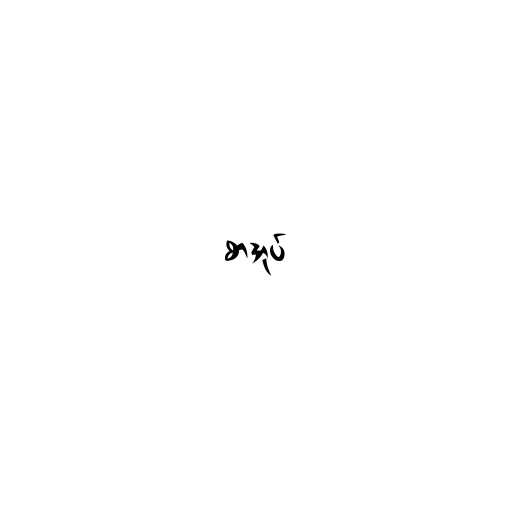
စာအုပ်